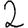
Digit: 2